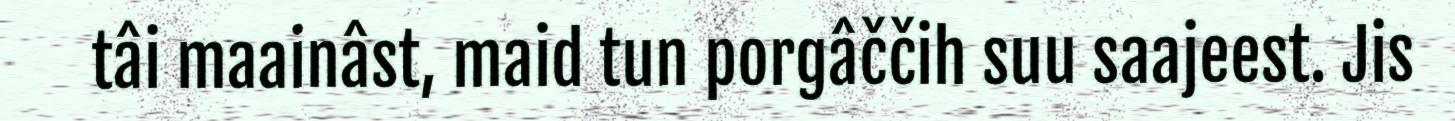
tâi maainâst, maid tun porgâččih suu saajeest. Jis